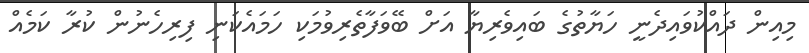
މިއިން ދައްކުވައިދެނީ ހަޔާތުގެ ބައިވެރިޔާ އަށް ބޭވަފާތެރިވުމަކި ހަމައެކަނި ފިރިހެނުން ކުރާ ކަމެއް